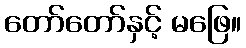
တော်တော်နှင့် မဖြေ။